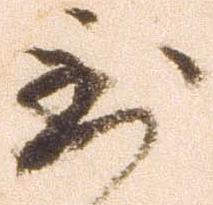
到